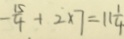
- \frac { 1 5 } { 4 } + 2 \times 7 = 1 1 \frac { 1 } { 4 }